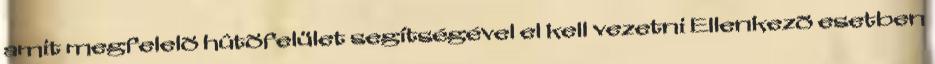
amit megfelelõ hûtõfelület segítségével el kell vezetni Ellenkezõ esetben